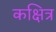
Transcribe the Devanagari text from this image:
कक्षित्र